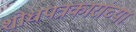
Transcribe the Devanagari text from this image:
शोधपत्रकारांच्या